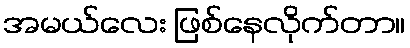
အမယ်လေး ဖြစ်နေလိုက်တာ။